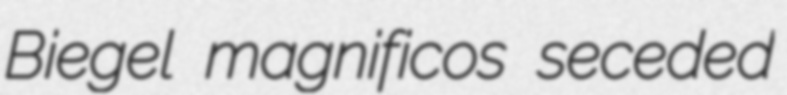
Biegel magnificos seceded